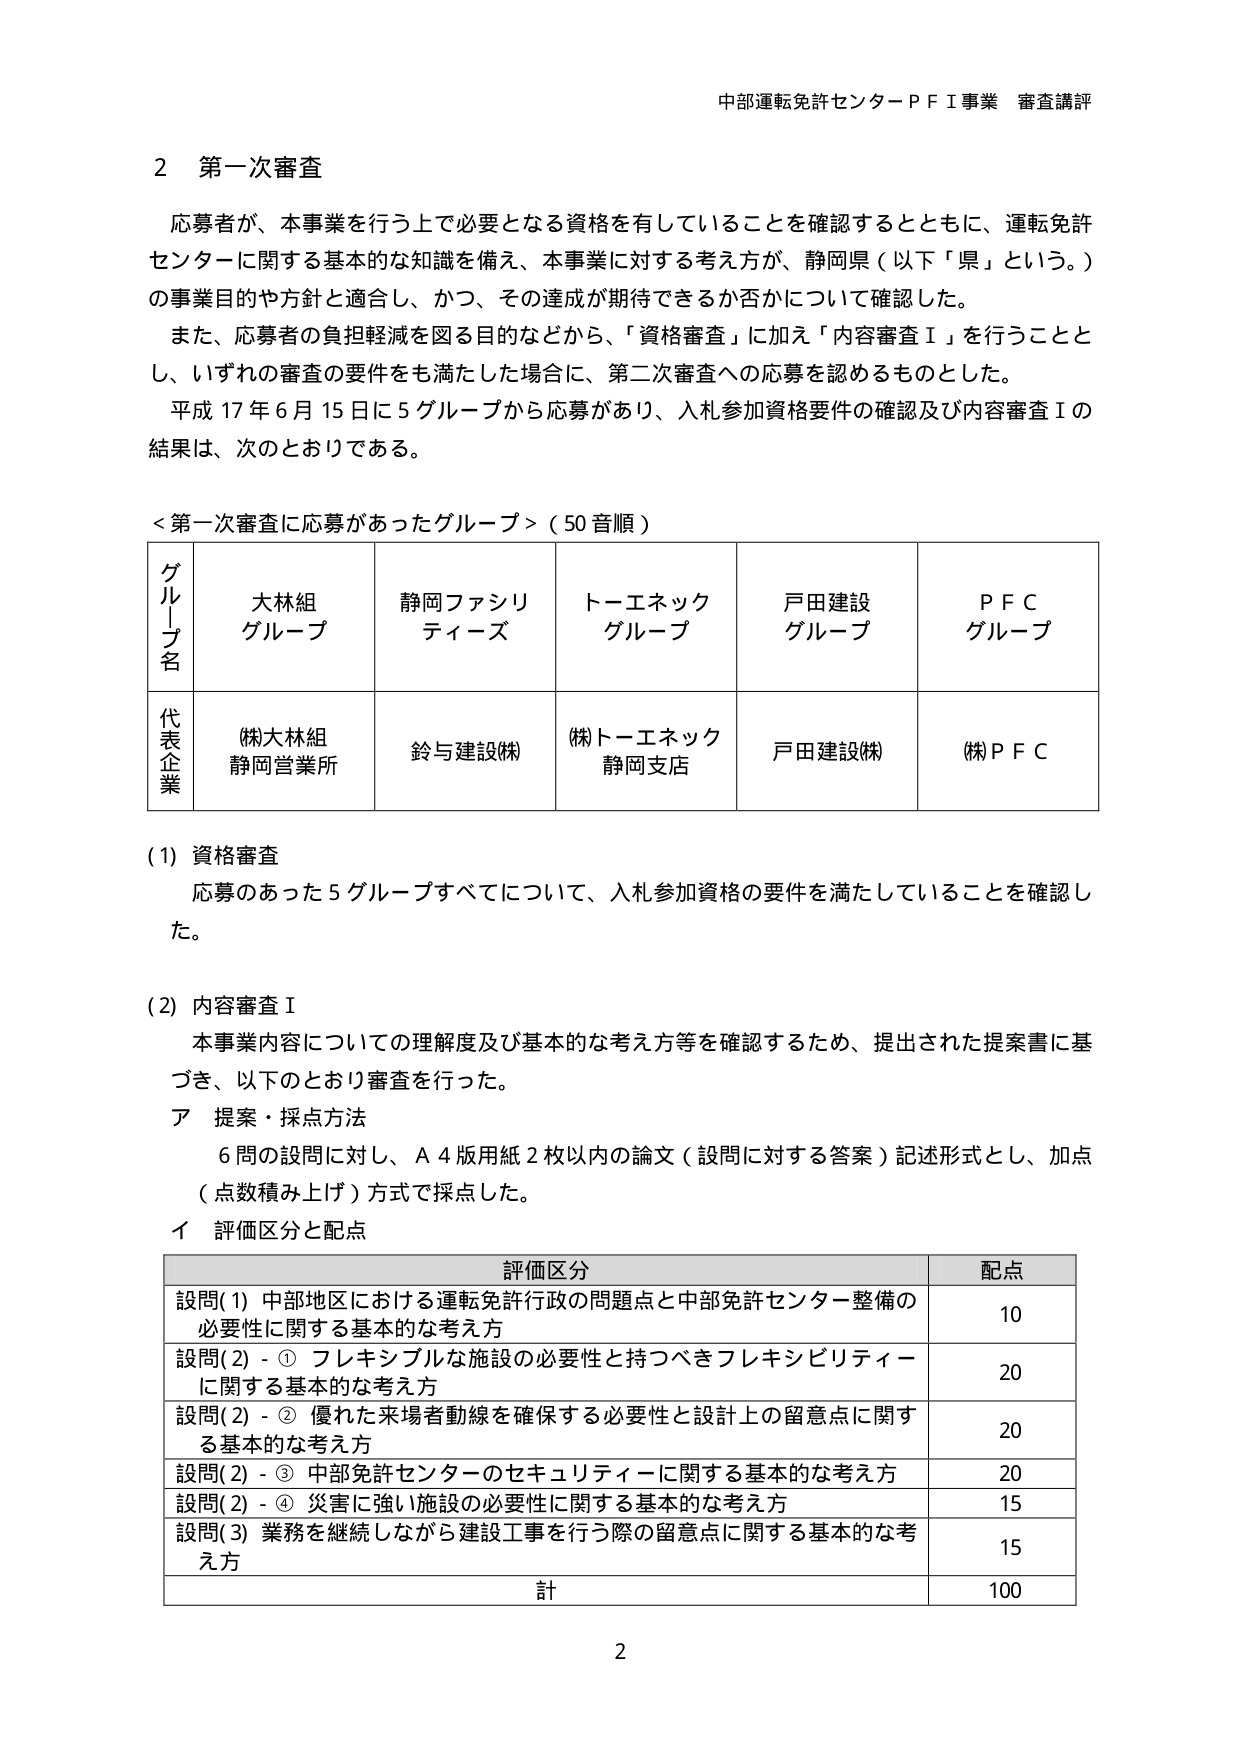
中部運転免許センターＰＦＩ事業 審査講評

2 第一次審査

応募者が、本事業を行う上で必要となる資格を有していることを確認するとともに、運転免許センターに関する基本的な知識を備え、本事業に対する考え方、静岡県（以下「県」という。）の事業目的や方針と適合し、かつ、その達成が期待できるか否かについて確認した。

また、応募者の負担軽減を図る目的などから、「資格審査」に加え「内容審査Ⅰ」を行うこととし、いずれの審査の要件をも満たした場合に、第二次審査への応募を認めるものとした。

平成17年6月15日に5グループから応募があり、入札参加資格要件の確認及び内容審査Ⅰの結果は、次のとおりである。

＜第一次審査に応募があったグループ＞（50音順）

| グループ名 | 大林組グループ | 静岡ファシリティーズ | トーエネックグループ | 戸田建設グループ | ＰＦＣグループ |
|------------|----------------|----------------------|----------------------|------------------|----------------|
| 代表企業   | (株)大林組静岡営業所 | 鈴与建設(株) | (株)トーエネック静岡支店 | 戸田建設(株) | (株)ＰＦＣ |

(1) 資格審査
応募のあった5グループすべてについて、入札参加資格の要件を満たしていることを確認した。

(2) 内容審査Ⅰ
本事業内容についての理解度及び基本的な考え方等を確認するため、提出された提案書に基づき、以下のとおり審査を行った。

ア 提案・採点方法
6問の設問に対し、A4版用紙2枚以内の論文（設問に対する答案）記述形式とし、加点（点数積み上げ）方式で採点した。

イ 評価区分と配点

| 評価区分 | 配点 |
|----------|------|
| 設問(1) 中部地区における運転免許行政の問題点と中部免許センター整備の必要性に関する基本的な考え方 | 10 |
| 設問(2)-① フレキシブルな施設の必要性と持つべきフレキシビリティーに関する基本的な考え方 | 20 |
| 設問(2)-② 優れた来場者動線を確保する必要性と設計上の留意点に関する基本的な考え方 | 20 |
| 設問(2)-③ 中部免許センターのセキュリティーに関する基本的な考え方 | 20 |
| 設問(2)-④ 災害に強い施設の必要性に関する基本的な考え方 | 15 |
| 設問(3) 業務を継続しながら建設工事を行う際の留意点に関する基本的な考え方 | 15 |
| 計 | 100 |

2